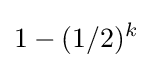
1-(1/2)^{k}